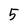
Character: 5